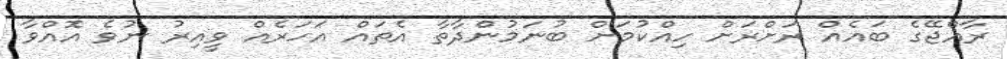
ރާއްޖޭގެ ބައެއް ރަށްރަށް ހިއްކުމަށް ބުނަމުންދާތާ އެތައް އަހަރެއް ވީއިރު ނުވެ އޮެއްވާ